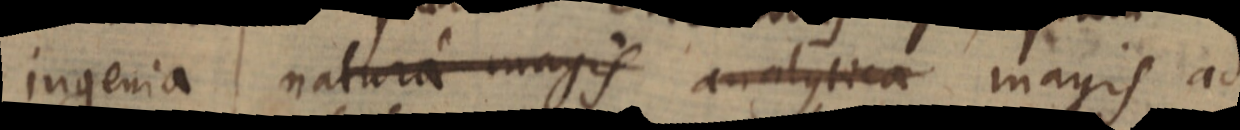
ingenia natura magis analytica magis ad